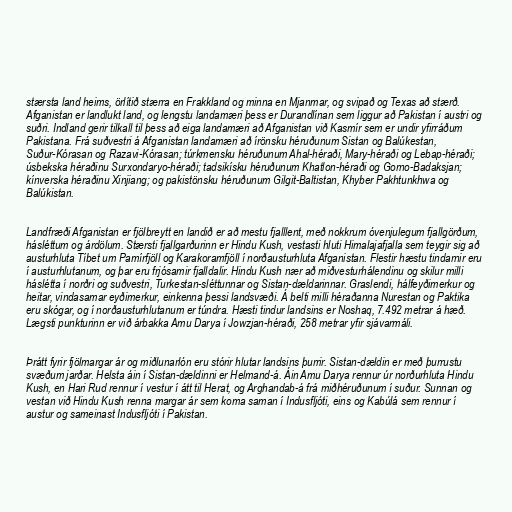
stærsta land heims, örlítið stærra en Frakkland og minna en Mjanmar, og svipað og Texas að stærð.
Afganistan er landlukt land, og lengstu landamæri þess er Durandlínan sem liggur að Pakistan í austri og
suðri. Indland gerir tilkall til þess að eiga landamæri að Afganistan við Kasmír sem er undir yfirráðum
Pakistana. Frá suðvestri á Afganistan landamæri að írönsku héruðunum Sistan og Balúkestan,
Suður-Kórasan og Razavi-Kórasan; túrkmensku héruðunum Ahal-héraði, Mary-héraði og Lebap-héraði;
úsbekska héraðinu Surxondaryo-héraði; tadsikísku héruðunum Khatlon-héraði og Gorno-Badaksjan;
kínverska héraðinu Xinjiang; og pakistönsku héruðunum Gilgit-Baltistan, Khyber Pakhtunkhwa og
Balúkistan.

Landfræði Afganistan er fjölbreytt en landið er að mestu fjalllent, með nokkrum óvenjulegum fjallgörðum,
hásléttum og árdölum. Stærsti fjallgarðurinn er Hindu Kush, vestasti hluti Himalajafjalla sem teygir sig að
austurhluta Tíbet um Pamírfjöll og Karakoramfjöll í norðausturhluta Afganistan. Flestir hæstu tindarnir eru
í austurhlutanum, og þar eru frjósamir fjalldalir. Hindu Kush nær að miðvesturhálendinu og skilur milli
háslétta í norðri og suðvestri, Turkestan-sléttunnar og Sistan-dældarinnar. Graslendi, hálfeyðimerkur og
heitar, vindasamar eyðimerkur, einkenna þessi landsvæði. Á belti milli héraðanna Nurestan og Paktika
eru skógar, og í norðausturhlutanum er túndra. Hæsti tindur landsins er Noshaq, 7.492 metrar á hæð.
Lægsti punkturinn er við árbakka Amu Darya í Jowzjan-héraði, 258 metrar yfir sjávarmáli.

Þrátt fyrir fjölmargar ár og miðlunarlón eru stórir hlutar landsins þurrir. Sistan-dældin er með þurrustu
svæðum jarðar. Helsta áin í Sistan-dældinni er Helmand-á. Áin Amu Darya rennur úr norðurhluta Hindu
Kush, en Hari Rud rennur í vestur í átt til Herat, og Arghandab-á frá miðhéruðunum í suður. Sunnan og
vestan við Hindu Kush renna margar ár sem koma saman í Indusfljóti, eins og Kabúlá sem rennur í
austur og sameinast Indusfljóti í Pakistan.